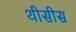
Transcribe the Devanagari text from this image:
थीसीस